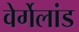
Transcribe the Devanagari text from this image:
वेर्गेलांड